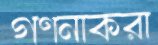
গণনাকরা